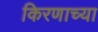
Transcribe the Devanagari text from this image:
किरणाच्या